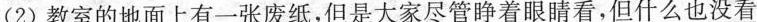
(2)教室的地面上有一张废纸，但是大家\underline{尽管睁着眼睛看}，\underline{但什么也没看}